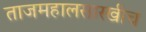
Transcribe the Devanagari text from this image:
ताजमहालसारखीच